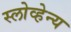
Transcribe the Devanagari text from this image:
स्लोव्हेन्य